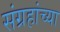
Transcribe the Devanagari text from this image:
संग्रहांच्या